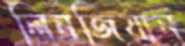
লিনজিয়ান